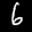
Label: 6